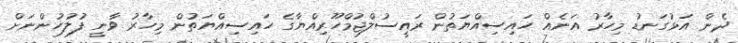
ދެން އަޅުގަނޑު މިހާރު އަނެއް ހައިސިއްޔަތުން ރައީސުލްޖުމްހޫރިއްޔާގެ ހައިސިއްޔަތުން މިހާރު ވާނީ ފުލުހުންނަށް